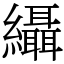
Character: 䌰